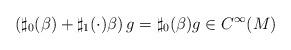
LaTeX: \begin{align*}\left(\sharp_0(\beta)+\sharp_1(\cdot)\beta\right)g = \sharp_0(\beta)g\in C^\infty(M)\end{align*}